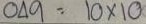
049 = 10 x 10